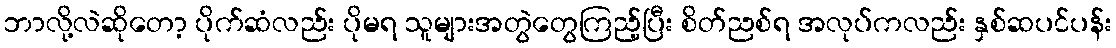
ဘာလို့လဲဆိုတော့ ပိုက်ဆံလည်း ပိုမရ သူများအတွဲတွေကြည့်ပြီး စိတ်ညစ်ရ အလုပ်ကလည်း နှစ်ဆပင်ပန်း